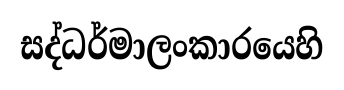
සද්ධර්මාලංකාරයෙහි